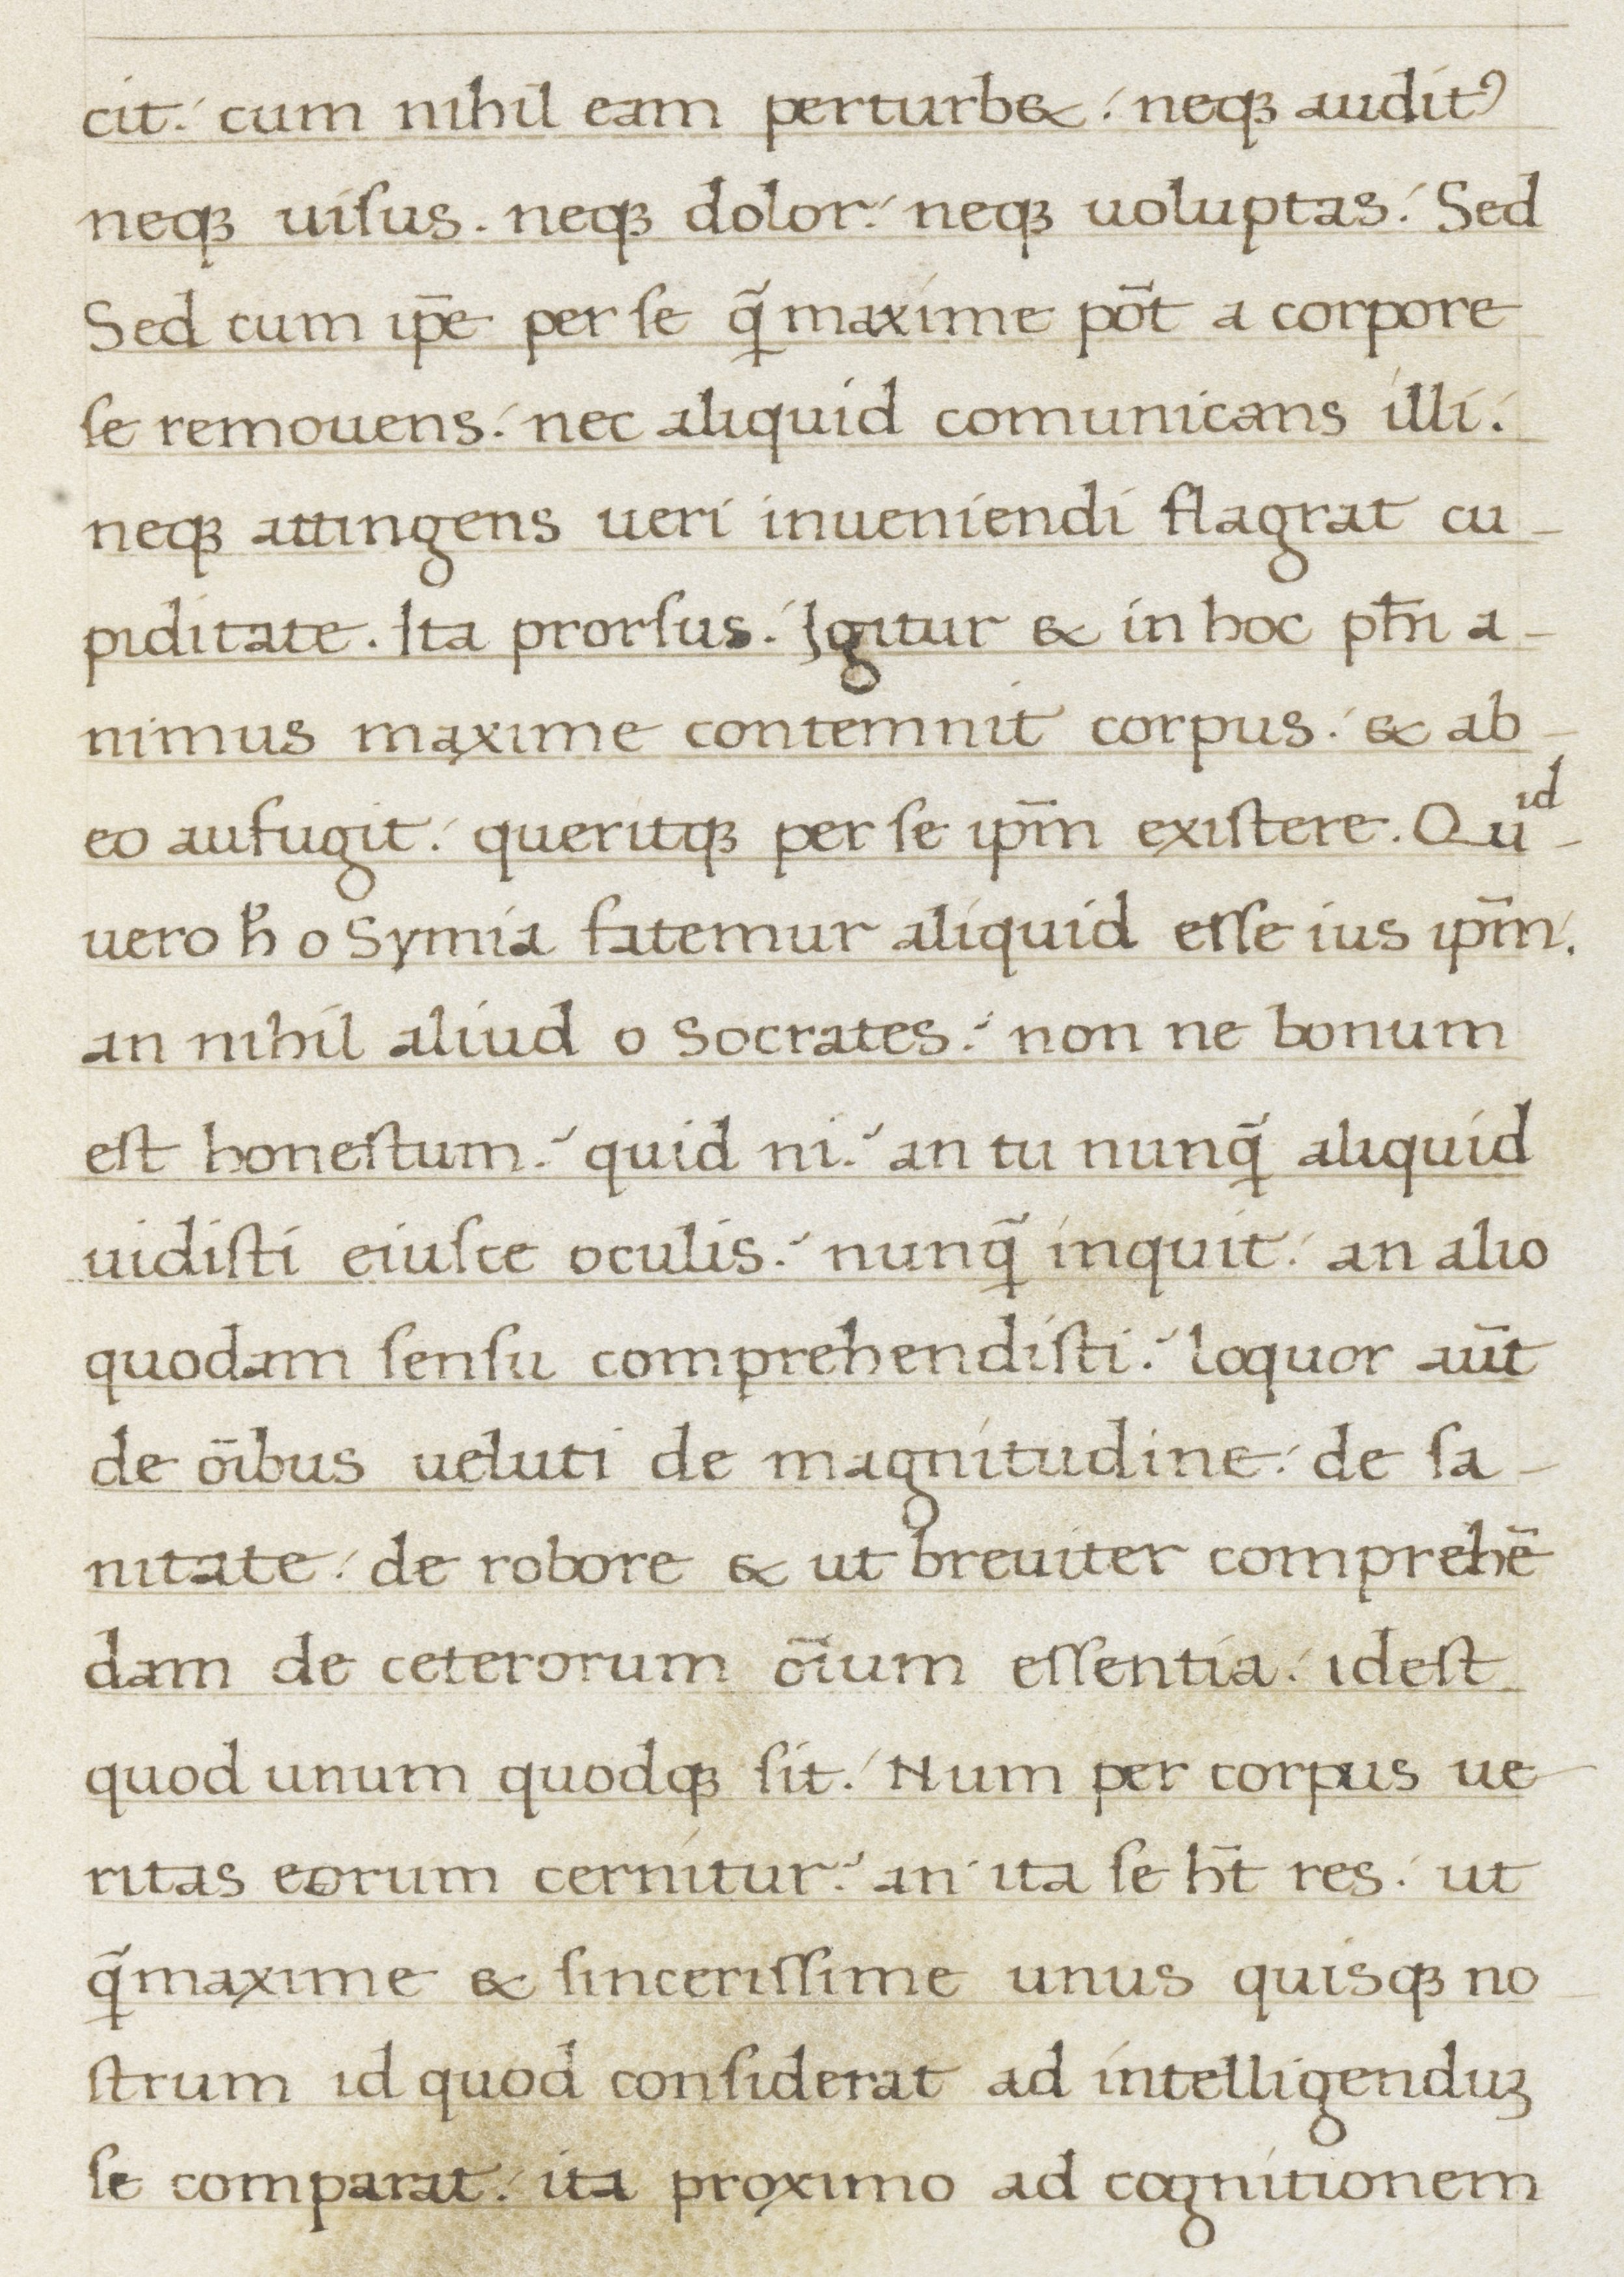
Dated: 1400–1499